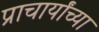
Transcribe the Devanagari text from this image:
प्राचार्यांच्या